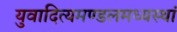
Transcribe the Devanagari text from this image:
युवादित्यमण्डलमध्यस्थां